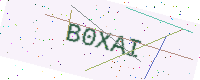
Text: B0XAI